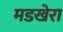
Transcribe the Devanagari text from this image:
मडखेरा